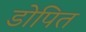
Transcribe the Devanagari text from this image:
डोपित